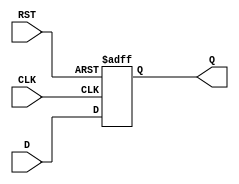
module stage_register #(
    parameter DATA_WIDTH = 8  // Parameter for the width of the data input/output
) (
    input  wire [DATA_WIDTH-1:0] D,    // Data input
    input  wire CLK,                    // Clock input
    input  wire RST,                    // Asynchronous reset input
    output reg  [DATA_WIDTH-1:0] Q      // Data output
);

    // Asynchronous reset and rising edge clock behavior
    always @(posedge CLK or posedge RST) begin
        if (RST) begin
            Q <= {DATA_WIDTH{1'b0}};  // Clear the register, set to zero
        end else begin
            Q <= D;                   // Capture the input data on clock edge
        end
    end

endmodule